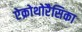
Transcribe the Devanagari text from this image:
ऐक्रोथोरैसिका